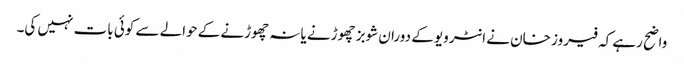
واضح رہے کہ فیروز خان نے انٹرویو کے دوران شوبز چھوڑنے یا نہ چھوڑنے کے حوالے سے کوئی بات نہیں کی۔